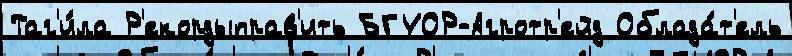
Таг'и́ла Р'екордыправ'ить БГУОР-Агротр'ейд Облада́т'ель